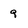
Character: 9